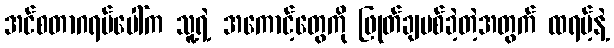
အင်စတာဂရမ်ပေါ်က သူ့ရဲ့ အကောင့်တွေကို ဖြုတ်ချပစ်ခဲ့တဲ့အတွက် ထရမ့်နဲ့